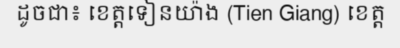
ដូចជា៖ ខេត្តទៀនយ៉ាង (Tien Giang) ខេត្ត